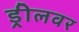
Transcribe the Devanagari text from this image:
ड्रीलवर